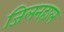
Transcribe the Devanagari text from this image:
जिलनहाल